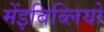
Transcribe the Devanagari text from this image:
मेंइबिब्लियो